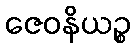
ဇေဝနိယဉ္စ